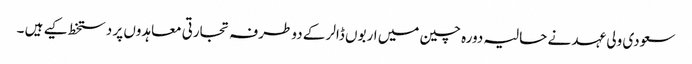
سعودی ولی عہد نے حالیہ دورہ چین میں اربوں ڈالر کے دو طرفہ تجارتی معاہدوں پر دستخط کیے ہیں ۔